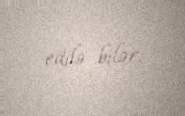
edilə bilər.